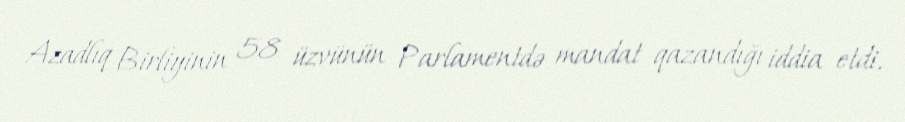
Azadlıq Birliyinin 58 üzvünün Parlamentdə mandat qazandığı iddia etdi.